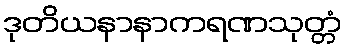
ဒုတိယနာနာကရဏသုတ္တံ